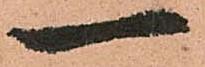
一